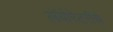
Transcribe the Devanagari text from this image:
लॅबोरेटरीचे